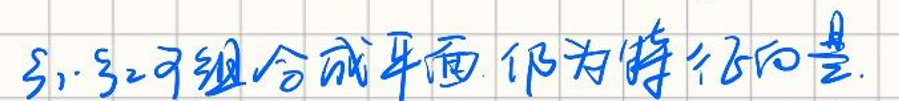
$\xi _{1},\xi _{2}$可组合成平面,作为特征向量